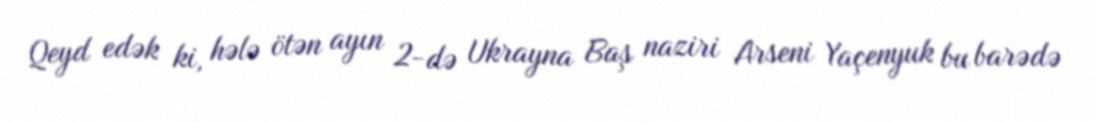
Qeyd edək ki, hələ ötən ayın 2-də Ukrayna Baş naziri Arseni Yaçenyuk bu barədə